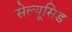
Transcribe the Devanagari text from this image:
सेल्यूसिड